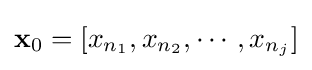
\mathbf {x} _{0}=[x_{n_{1}},x_{n_{2}},\cdots ,x_{n_{j}}]